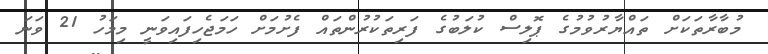
މުބާރާތަކަށް ތައްޔާރުވުމުގެ ޕޮލިސް ކުލަބުގެ ފަރިތަކުރުންތައް ފެށުމަށް ހަމަޖެހިފައިވަނީ މިމަހު 21 ވަނަ